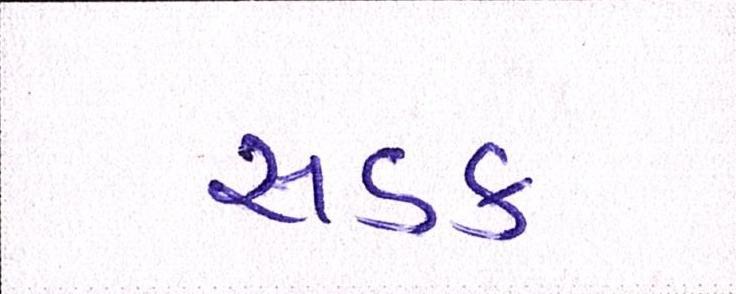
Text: સડક